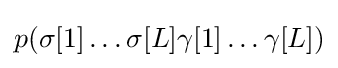
p(\sigma [1]\dots \sigma [L]\gamma [1]\ldots \gamma [L])